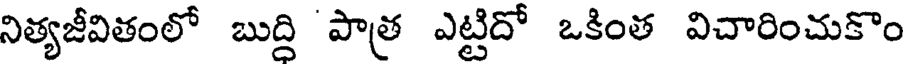
నిత్యజీవితంలో బుద్ది పాత్ర ఎట్టిదో ఒకింత విచారించుకొం